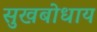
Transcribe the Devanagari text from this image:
सुखबोधाय